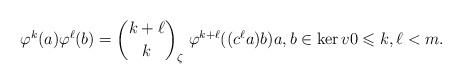
LaTeX: \begin{align*}\varphi^k(a)\varphi^\ell(b)=\binom{k+\ell}{k}_\zeta\ \varphi^{k+\ell}((c^\ell a)b) a, b\in \ker v 0 \leqslant k,\ell < m.\end{align*}